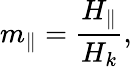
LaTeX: m_{\parallel}=\frac{H_{\parallel}}{H_{k}},